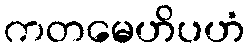
ကတမေဟိပဟံ